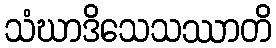
သံဃာဒိသေသဿာတိ